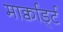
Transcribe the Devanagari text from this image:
मार्क्वार्ड्ट